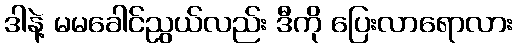
ဒါနဲ့ မမခေါင်ညွယ်လည်း ဒီကို ပြေးလာရောလား